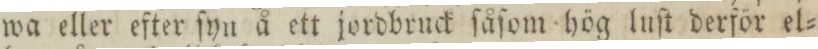
wa eller efter ſyn å ett jordbruck ſåſom hög luſt derför el=